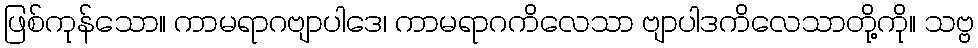
ဖြစ်ကုန်သော။ ကာမရာဂဗျာပါဒေ၊ ကာမရာဂကိလေသာ ဗျာပါဒကိလေသာတို့ကို။ သဗ္ဗ